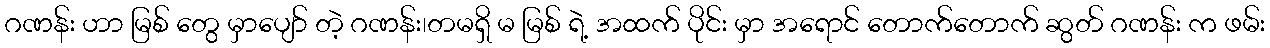
ဂဏန်း ဟာ မြစ် တွေ မှာပျော် တဲ့ ဂဏန်း၊တမရှိ မ မြစ် ရဲ့ အထက် ပိုင်း မှာ အရောင် တောက်တောက် ဆွတ် ဂဏန်း က ဖမ်း